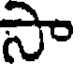
సా